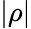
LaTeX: |\rho|